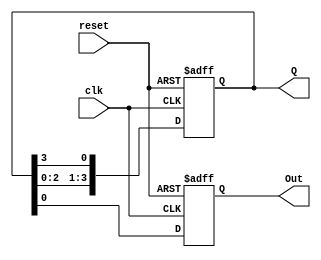
module ring_counter (
    input wire clk,     // Clock input
    input wire reset,   // Asynchronous reset input
    output reg [3:0] Q, // 4-bit output representing the current state
    output reg Out      // Output indicating the active state
);

    // Initial state
    initial begin
        Q = 4'b0001; // Start at State 0
        Out = 1'b1;  // Output is 1 when in State 0
    end

    // Sequential logic for the ring counter
    always @(posedge clk or posedge reset) begin
        if (reset) begin
            Q <= 4'b0001; // Reset to State 0
            Out <= 1'b1;  // Output is 1 when in State 0
        end else begin
            // Shift right and wrap around
            Q <= {Q[2:0], Q[3]}; // Shift operation
            // Update output based on the current state
            Out <= Q[0]; // Out is 1 only when in State 0
        end
    end

endmodule